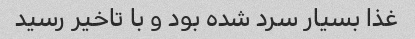
غذا بسیار سرد شده بود و با تاخیر رسید